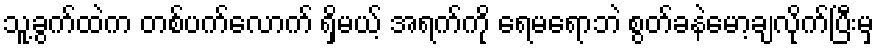
သူ့ခွက်ထဲက တစ်ပက်လောက် ရှိမယ့် အရက်ကို ရေမရောဘဲ စွတ်ခနဲမော့ချလိုက်ပြီးမှ